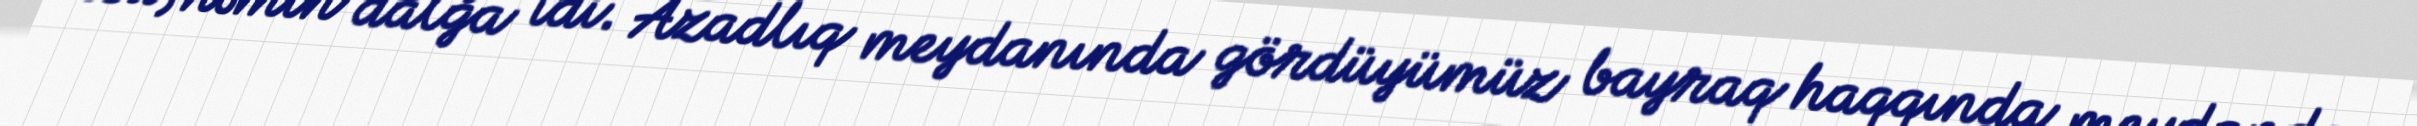
Bu, həmin dalğa idi. Azadlıq meydanında gördüyümüz bayraq haqqında meydanda